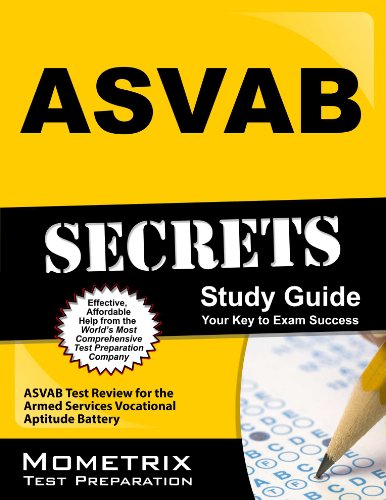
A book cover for ASVAB Secrets Study Guide: ASVAB Test Review for the Armed Services Vocational Aptitude Battery; ASVAB Exam Secrets Test Prep Team; Test Preparation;